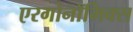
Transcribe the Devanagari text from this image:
एरगोनॉमिक्स